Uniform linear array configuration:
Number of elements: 64
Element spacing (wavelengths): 0.75
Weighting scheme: binomial
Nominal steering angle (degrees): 45
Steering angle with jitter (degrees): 46.305
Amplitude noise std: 0.05
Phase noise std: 0.05

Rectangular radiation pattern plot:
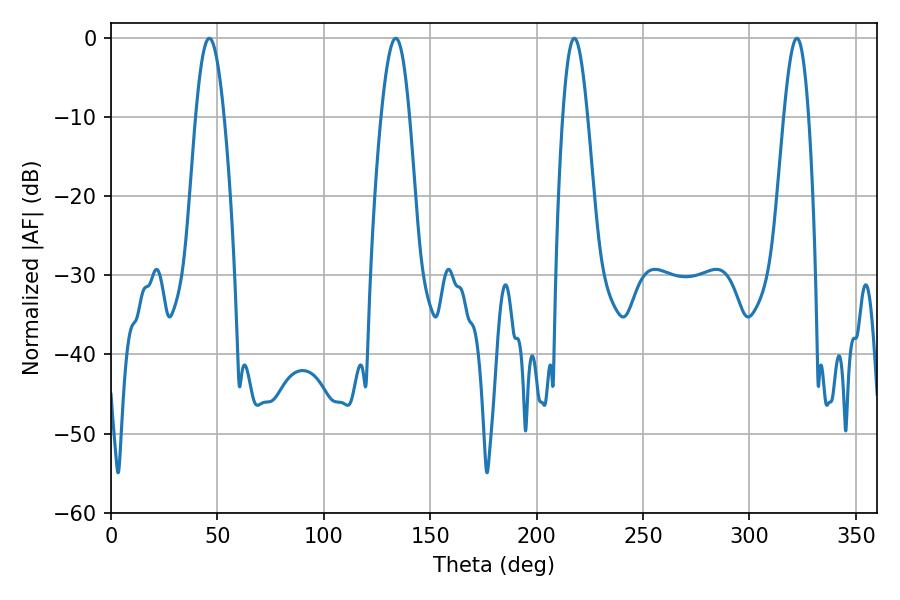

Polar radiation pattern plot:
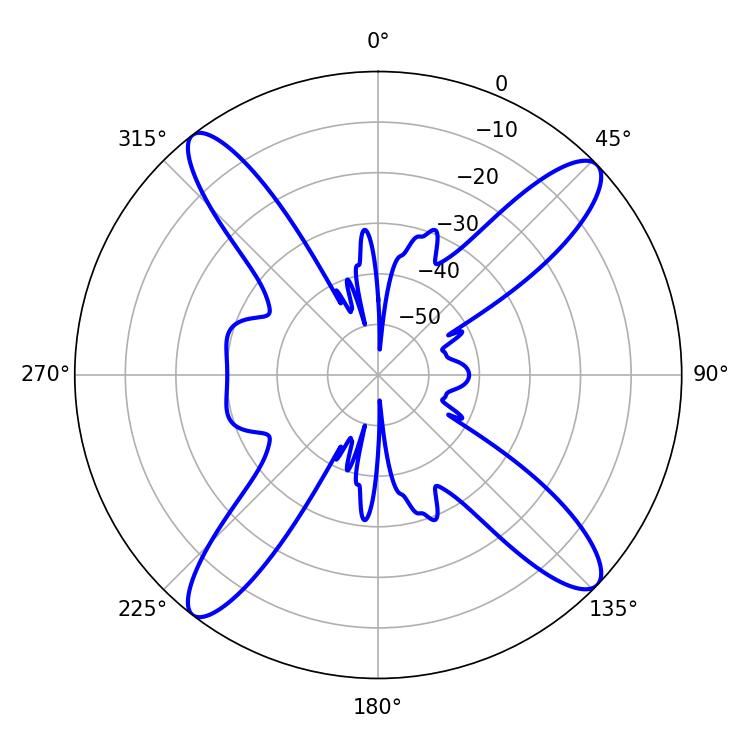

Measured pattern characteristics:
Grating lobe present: TRUE
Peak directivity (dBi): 16.048
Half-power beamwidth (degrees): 7.2
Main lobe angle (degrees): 46.26